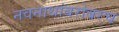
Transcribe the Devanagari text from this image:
नवनाथांबरोबरच